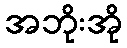
အဘိုးအို